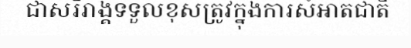
ជាសរីរាង្គទទួលខុសត្រូវក្នុងការសំអាតជាតិ